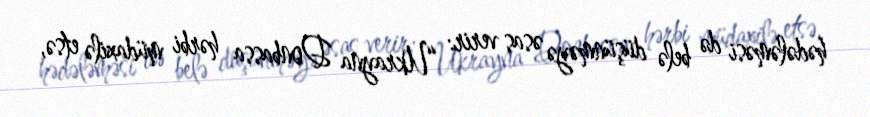
hədələməsi də belə düşünməyə əsas verir: “Ukrayna Donbassa hərbi müdaxilə etsə,